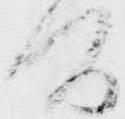
間